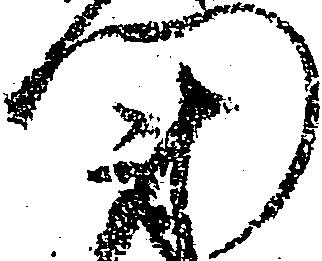
門